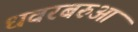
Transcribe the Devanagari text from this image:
धवरबरुआ